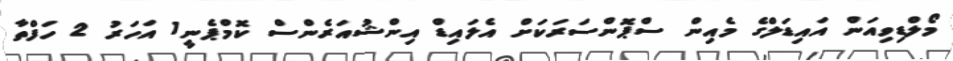
މޯލްޑިވިއަން އައިޑަލްގެ މެއިން ސްޕޮންސަރަކަށް އެލައިޑް އިންޝުއަރެންސް ކޮމްޕެނީ1 އަހަރު 2 ހަފްތާ